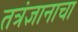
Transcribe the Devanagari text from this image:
तत्रंज्ञानाचा